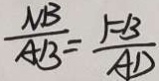
\frac { N B } { A B } = \frac { F B } { A D }